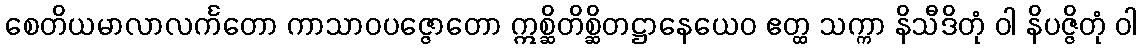
စေတိယမာလာလင်္ကတော ကာသာဝပဇ္ဇောတော ဣစ္ဆိတိစ္ဆိတဋ္ဌာနေယေဝ ဧတ္ထ သက္ကာ နိသီဒိတုံ ဝါ နိပဇ္ဇိတုံ ဝါ